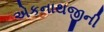
એકનાથજીની